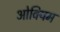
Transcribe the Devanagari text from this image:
ओवियम